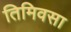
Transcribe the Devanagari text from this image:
तिमिवसा